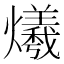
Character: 爔